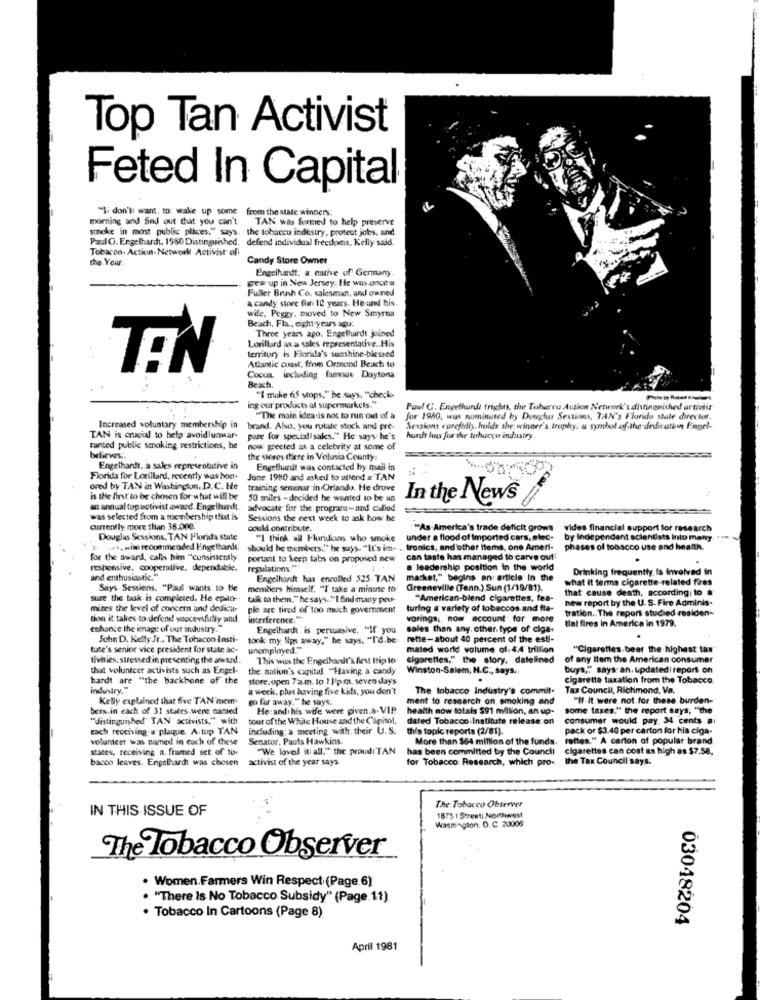
Top Tan Activist
Feted In Capital
"I don't want. to: wake up some from the state winners:
morning and Sind out duit you can't
TAN was formed to help preserve
smoke in most public places," says. the tobacco indestry, protest jobs, and
PaulG. Engelhardt, 1950 Distinguished, defend individual freedoms, Kelly said.
Tobacco: Action-Network Activist off
the Year
Candy Store Owner
Engelhardt; a native of Germany
grew up in New Jersey: He was dance st
Fuller Brush Co. salesman, and owned
A candy store fon 12 years. He and his
wife, Peggy, moved to New Smyrna
Beach, Fla, eight years ago:
Three years ago. Engelhardt joined
Lorillard as a sales representative. His
territory is Florida's sunshine-blessed
TEN
Atlantic coast, from Ormond Beach to
Cocua, including famous Daytona
Beach
"I make af stops," he says, "check-
ng our products al supermarkets."
Paul G. Engethardt (right, the Tobarra Action Network's distinguished artivist
"The main idea is not to run out of a
for 1980, was numinuted by Douglas Sessions, TAN's Florida state director.
Increased voluntary membership in
brand. Also, you rotate stock and pre-
Sessions corefadis. holds the winner's, truphy. a symbol of-the-deficathin Pingel-
TAN is crucial to help avoidlunwar-
pare for special saks." He says he's
hurdt has for the tobuere industry.
Fanted public smoking restrictions, he
now greeted as a celebrity at some of
believes :.
the steros there in Volusia County.
Engelhardt, a sales representative in
Engelhardt was contacted by mail in
Florida for Lorillard, recently was hon-
June 1980 and asked to attend a TAN
ored by TAN in Washington, D. C. He
training seminar in Orlando. He drove
is the first to be chosen for what will be
50 miles - decided he wanted to be an
In the News
an annual topactivist award. Engelhardt
advocate for the. program-and called
was selected from a membership that is
Sessions the next week to ask how he
currently. more than 38.000.
could contribute.
"As.America's trade deficit grows
vides financial support for research
Douglas Sessions, TAN Florida state
"I think all Floridians who smoke
under a flood of Imported cars, elec- by Independent scientists Into many
..., with reoumended Engelhardt
should he members."" he says. "It's im- .. tronics, and other Items, one Ameri-
phases of tobacco use and health.
for the award, calls him ""consistently
portant, to keep tabs on propuned new
can taste has managed to carve out
responsive, cooperative, dependable.
regulations."
a leadership position in the world
Drinking frequently is Involved in
and enthusiastic."
Engelhardt has enrolled 525. TAN
market," begins an: article In the
what it ferma cigarette-related fires
Says Sessions, "Paul wants to be
members himself. "I take a minute to
Greeneville (Tenn.) Sun (1/19/81).
that cause death, according to a
sure the task is completed. He epilo-
talk to them,"he says .. "I find many peu-
"American-blend cigarettes, fea-
hew report by the U. S. Fire Adminis-
mizes the level of concern and dedicar-
ple are tired of too much government
turing a' variety of tobaccos and fla-
tration .. The report studied residen-
tion it takes to defend successfully and.
interference."
worings ,, now account' for more
tal fires in America in 1979.
enhance the image of out industry.
Engelhardt is persuasive. "If you
sales than any. other. type of ciga-
Sohn D. Kelly Jr .. The Tobacco Insti-
took my lips away." he says. "I'd.be
rette-about 40 percent of the esti-
tute's senior vice president for state ac-
unemployed."
mated world volume of: 4.4 trillion
"Cigarettes bear the highest tax
Ilvnies: stressed in presenting the award.
This wus the Engelhardt's first trip to
cigarettes," the story, datelined
of any Item the American consumer
that volunteer activists such as Engel-
the nation's capital. "Having a candy
Winston-Salem; H.C ., says ..
buys,"" says: an. updatedi report on
hardt are "the backbone of the
store. open 7a.m. to 1 l'p.m. seven days
cigarette taxation from the Tobacco
industry,"
a weck, plus having five kids, you don't
The tobacco Industry's commit-
Tax Council, Richmond, Va.
Kelly explained that five TAN mem-
go far away." he says.
ment to research on. smoking and
"11. it.were not.for these burden-
bers.in each of 31 states were named
He and his wife were given.a. VIP
health now totals $91 million, an up-
some taxes," the report says, "the
"distinguished" TAN activists," with
tour of the White House and the Capitol.
dated Tobacco Institute release on
consumer would pay. 34 cents ai
each receiving; w plaque. A.tup TAN
Including; a meeting with their U.S.
this topic reports (2/81).
pack or $3.40 per carton for his ciga-
volunteer was named in each of these
Senator, Paula Hawkins.
More than $64 million of the funds.
rafles." A carton of popular brand
states, receiving a. framed set of tor
"We loved it all." the proudi TAN
has been committed by the Council cigarettes can cost as high as $7.58,
bacco leaves. Engelhardt was chosen
activist of the year says
for Tobacco Research, which pro-
the Tax Council says:
IN THIS ISSUE OF
The Tobacco Observer
1875 1 Streeti Northwest
Washington, D. C 20005
The Tobacco Observer
· Women.Farmers Win Respect (Page 6)
. "There is No Tobacco Subsidy" (Page. 11).
· Tobacco In Cartoons (Page 8)
03048204
April 1981